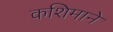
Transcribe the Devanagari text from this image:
कशिमाने